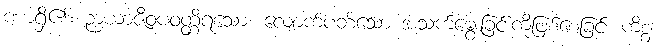
ဏာရှိ၏။ ဉာယာဇီဝပဝတ္တိရသော၊ လျောက်ပတ်သော အသက်မွေးခြင်းကိုဖြစ်စေခြင်း ကိစ္စ